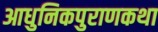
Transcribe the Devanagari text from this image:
आधुनिकपुराणकथा